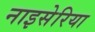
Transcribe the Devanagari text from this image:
नाइसेरिया